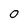
Character: 0